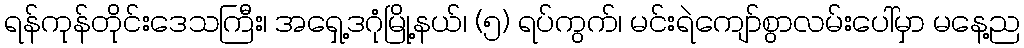
ရန်ကုန်တိုင်းဒေသကြီး၊ အရှေ့ဒဂုံမြို့နယ်၊ (၅) ရပ်ကွက်၊ မင်းရဲကျော်စွာလမ်းပေါ်မှာ မနေ့ည